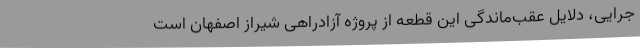
جرایی، دلایل عقب‌ماندگی این قطعه از پروژه آزادراهی شیراز اصفهان است